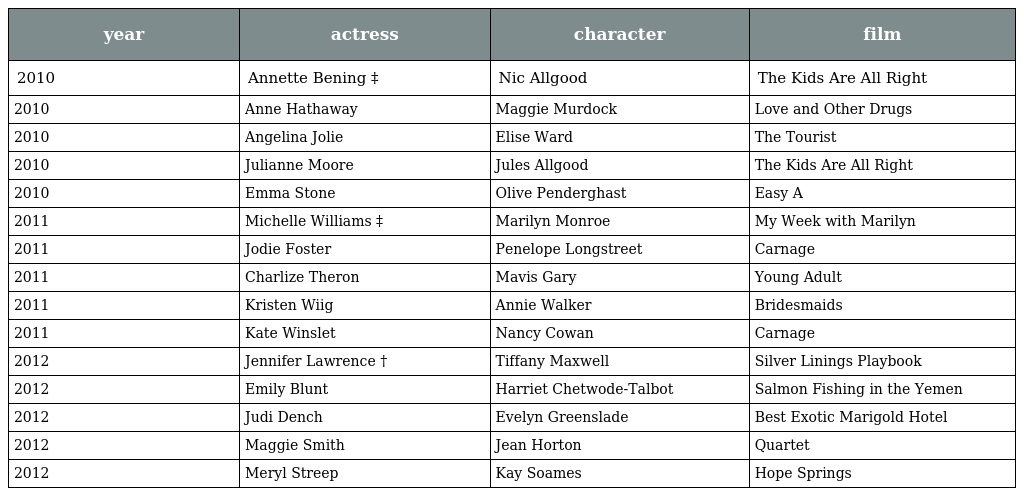
| year | actress | character | film |
 | --- | --- | --- | --- |
 | 2010 | Annette Bening ‡ | Nic Allgood | The Kids Are All Right |
 | 2010 | Anne Hathaway | Maggie Murdock | Love and Other Drugs |
 | 2010 | Angelina Jolie | Elise Ward | The Tourist |
 | 2010 | Julianne Moore | Jules Allgood | The Kids Are All Right |
 | 2010 | Emma Stone | Olive Penderghast | Easy A |
 | 2011 | Michelle Williams ‡ | Marilyn Monroe | My Week with Marilyn |
 | 2011 | Jodie Foster | Penelope Longstreet | Carnage |
 | 2011 | Charlize Theron | Mavis Gary | Young Adult |
 | 2011 | Kristen Wiig | Annie Walker | Bridesmaids |
 | 2011 | Kate Winslet | Nancy Cowan | Carnage |
 | 2012 | Jennifer Lawrence † | Tiffany Maxwell | Silver Linings Playbook |
 | 2012 | Emily Blunt | Harriet Chetwode-Talbot | Salmon Fishing in the Yemen |
 | 2012 | Judi Dench | Evelyn Greenslade | Best Exotic Marigold Hotel |
 | 2012 | Maggie Smith | Jean Horton | Quartet |
 | 2012 | Meryl Streep | Kay Soames | Hope Springs |